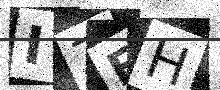
Text: IZEH